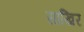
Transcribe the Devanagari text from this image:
साखिर